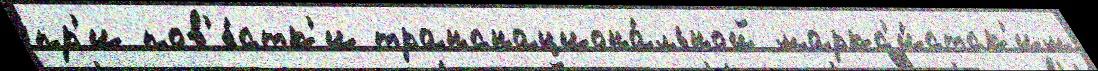
пр'и пов'е́стк'и транснациона́льной маркс'и́стск'им